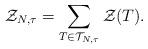
LaTeX: \begin{align*}\mathcal{Z}_{N,\tau}=\sum\limits_{T \in \mathcal{T}_{N,\tau}} \mathcal{Z}(T).\end{align*}